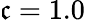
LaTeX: \mathfrak{c}=1.0